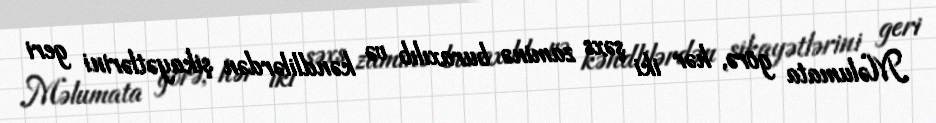
Məlumata görə, hər iki şəxs zaminə buraxılıb və kəndlilərdən şikayətlərini geri